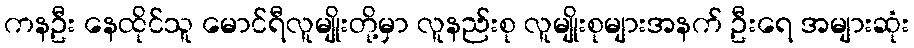
ကနဦး နေထိုင်သူ မောင်ရီလူမျိုးတို့မှာ လူနည်းစု လူမျိုးစုများအနက် ဦးရေ အများဆုံး